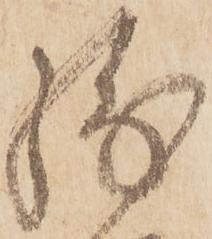
残